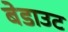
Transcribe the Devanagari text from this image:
बेडाउट